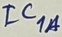
Text: IC1A